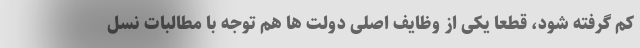
کم گرفته شود، قطعا یکی از وظایف اصلی دولت ها هم توجه با مطالبات نسل